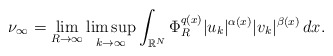
\begin{align*} \nu_{\infty}= \lim_{R\to \infty}\limsup_{k\to \infty} \int_{\mathbb{R}^{N}}\Phi^{q(x)}_{R}|u_k|^{\alpha(x)}|v_k|^{\beta(x)}\,dx. \end{align*}